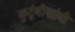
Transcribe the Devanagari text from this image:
कुटूंबीयांनी